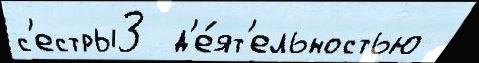
с'естры3  д'е́ят'ельностью